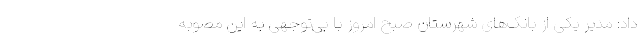
داد: مدیر یکی از بانک‌های شهرستان صبح امروز با بی‌توجهی به این مصوبه